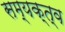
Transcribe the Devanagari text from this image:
सम्यक्त्व